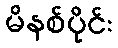
မိနစ်ပိုင်း